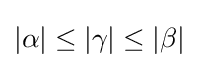
|\alpha |\leq |\gamma |\leq |\beta |